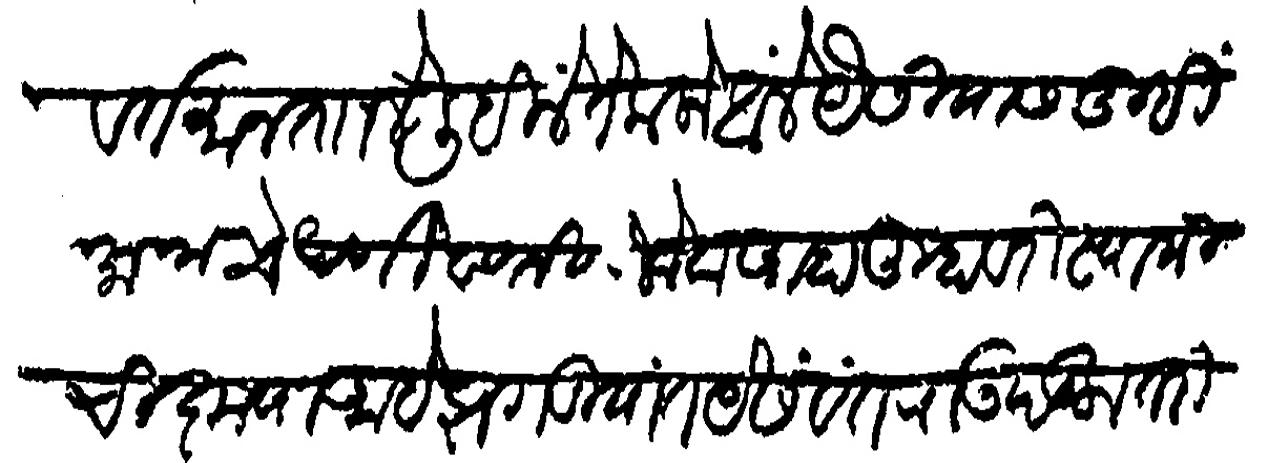
Transliteration (Devanagari): वर्तमान ताजे लीहिले ते कलो आले यैसीयास तुम्ही मानाचे धनी वतनी लोक आहा तुम्हावरी स्वामीची कृपा आहे झगडीयात येसवंतराऊ पडला तरी